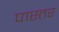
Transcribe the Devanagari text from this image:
पास्तर